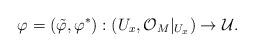
LaTeX: \begin{align*}\varphi=(\tilde\varphi, \varphi^*): (U_x, \mathcal{O}_M|_{U_x}) \rightarrow \mathcal{U}.\end{align*}